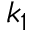
k _ { 1 }